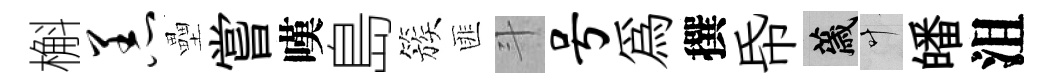
槲恙壘嘗嘆島簇匪斗号爲撰帋薉叶皤沮